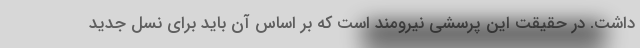
داشت. در حقیقت این پرسشی نیرومند است که بر اساس آن باید برای نسل جدید